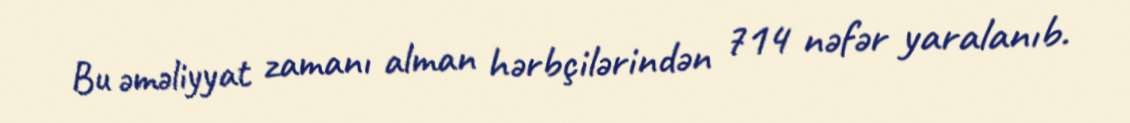
Bu əməliyyat zamanı alman hərbçilərindən 714 nəfər yaralanıb.